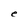
Character: e